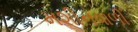
મશીનવાળી